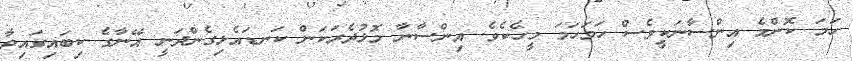
ހަމަ ކޮންމެ އިންސާނަކީވެސް ހަމަހަމަ މީހެކެވެ. އިންސާނާ މޮޅުދެރަކަން ކަނޑައެޅިގެންދަނީ އޭނާގެ ކިބައިގައިވާ